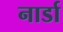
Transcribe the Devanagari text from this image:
नार्डा